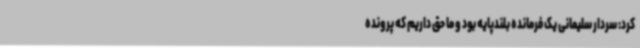
کرد: سردار سلیمانی یک فرمانده بلندپایه بود و ما حق داریم که پرونده